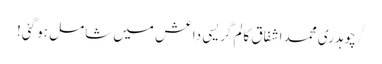
/ چوہدری محمد اشفاق کالم	گریسی داعش میں شامل ہو گئی!